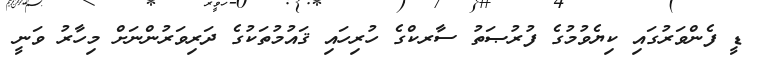
ޑީ ފެންވަރުގައި ކިޔެވުމުގެ ފުރުޞަތު ސާރކްގެ ހުރިހައި ޤައުމުތަކުގެ ދަރިވަރުންނަށް މިހާރު ވަނީ